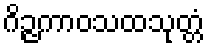
ဂိဉ္ဇကာဝသထသုတ္တံ